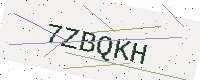
Text: 7ZBQKH